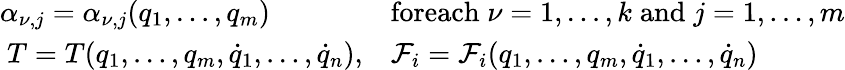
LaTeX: \begin{array}{ll}{\alpha_{\nu,j}=\alpha_{\nu,j}(q_{1},\dots,q_{m})}&{\textrm{foreach}\; \nu=1,\dots,k\; \textrm{and}\; j=1,\dots,m}\\ {\ T=T(q_{1},\dots,q_{m},{\dot{q}}_{1},\dots,{\dot{q}}_{n}),}&{\mathcal{F}_{i}=\mathcal{F}_{i}(q_{1},\dots,q_{m},{\dot{q}}_{1},\dots,{\dot{q}}_{n})}\end{array}